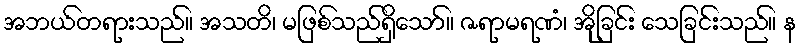
အဘယ်တရားသည်။ အသတိ၊ မဖြစ်သည်ရှိသော်။ ဇရာမရဏံ၊ အိုခြင်း သေခြင်းသည်။ န